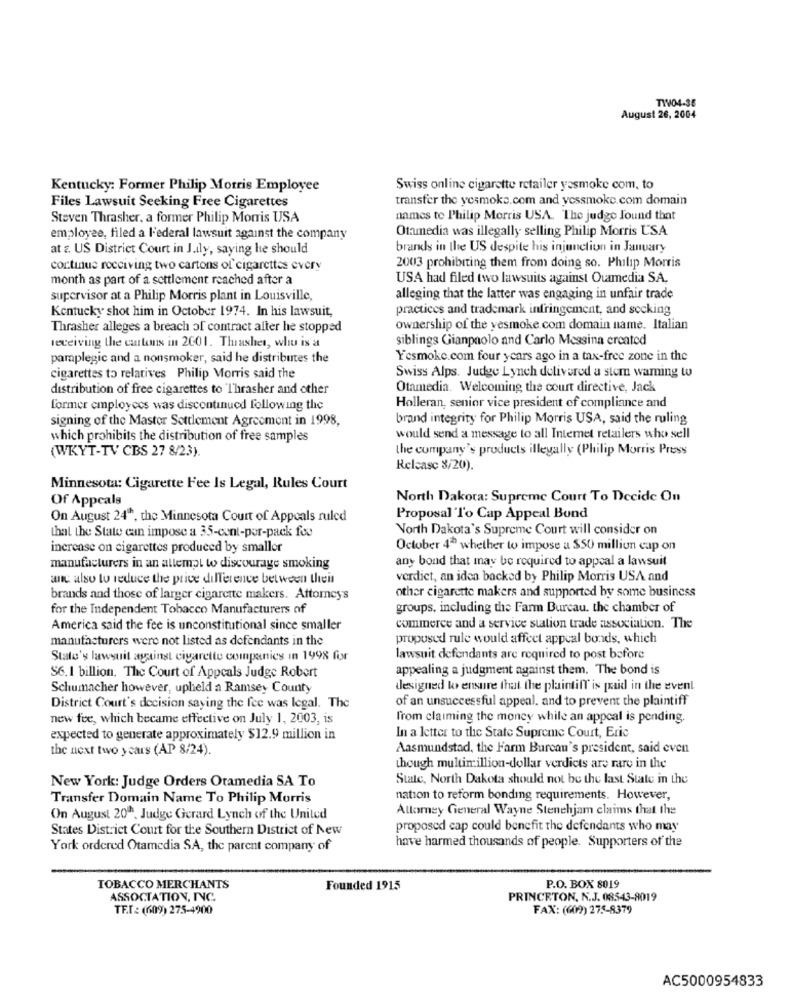
TIV04-36
August 26, 2004
Kentucky: Former Philip Morris Employee
Swiss online cigarette retailer yesmoke com, to
transfer the yesmoke.com and yessmoke. com domain
Files Lawsuit Seeking Free Cigarettes
Steven Thrasher, a former Philip Morris USA
names to Philip Morris USA. The judge found that
Otamedia was illegally selling Philip Morris USA
employee, filed a Federal lawsuit against the company
at &. US District Court in J.ily, saying he should
brands in the US despite his injunction in January
continue rocciving two cartons of cigarettes every
2003 prohibiting them from doing so. Philip Morris
month as part of a settlement reached after a
USA had filed two lawsuits against Ouamedia SA.
supervisor at a Philip Morris plant in Louisville,
alleging that the latter was engaging in unfair trade
Kentucky shot him in October 1974. In his lawsuit,
practices and trademark infringement, and secking
Thrasher alleges a breach of contract alter he stopped
ownership of the yesmoke com domain name. Italian
siblings Gianpaolo and Carlo Messina created
receiving the cartoms in 2001. Thrashes, who is a
paraplegic and a nonsmoker, said he distributes the
Yesmoke.com four years ago in a tax-free zone in the
cigarettes to relatives Philip Morris said the
Swiss Alps. Judge Lynch delivered a stem waming to
distribution of free cigarettes to "Thrasher and other
Otamedia. Welcoming the court directive, Jack
former employees was discontinued Following the
Holleran, senior vice president of compliance and
signing of the Master Settlement Agreement in 1998,
brand integrity for Philip Morris USA, said the ruling
which prohibits the distribution of free samples
would send a message to all Internet retailers who sell
the company's products illegally (Philip Morris Press
(WKYT-TV CBS 27 8/23).
Release 8/20).
Minnesota: Cigarette Fee Is Legal, Rules Court
Of Appeals
North Dakota: Supreme Court To Decide On
On August 24", the Minnesota Court of Appeals ruled
Proposal To Cap Appeal Bond
that the State can impose a 35-cent-por-pack foo
North Dakota's Supreme Court will consider on
increase on cigarettes produced by smaller
October 4ª whether to impose a $50 million cap on
any bond that may be required to appeal a lawsuit
manufacturers in an attempt to discourage smoking
and also to reduce the price dilTerence between thei
verdict, an idea backed by Philip Morris USA and
other cigarette makers and supported by some business
brands and those of larger cigarette makers. Attorney's
for the Independent Tobacco Manufacturers of
groups, including the Farm Bureau. the chamber of
America said the fee is unconstitutional since smaller
commerce and a service station trade association. The
manufacturers were not listed as defendants in the
propused rule would affect appeal bonds, which
State's lawsuit against cigarette companies in 1998 for
lawsuit defendants are required to post before
S6. 1 billion. The Court of Appeals Judge Robert
appealing a judgment against them. The bond is
Schumacher however, upheld a Ramsey County
designed to ensure that the plaintiff is paid in the event
of an unsuccessful appeal. and to prevent the plaintiff
District Court's decision saying the fee was legal. The
new fee, which became effective on July 1, 2003, is
from claiming the money while an appeal is pending.
expected to generate approximately $12.9 million in
In a letter to the State Supreme Court, Eric
the next two years (AP 8/24).
Aasmundstad, the Farm Bureau's president, said even
though multimillion-dollar verdicts are rare in the
State, North Dakota should not be the last State in the
New York: Judge Orders Otamedia SA To
Transfer Domain Name To Philip Morris
nation to reform bonding requirements. However,
Allomey General Wayne Stenchjam claims that the
On August 20", Judge Gerard Lynch of the United
States District Court for the Southern District of New
proposed cap could benefit the defendants who may
York ordered Otamedia SA, the parent company of
have harmed thousands of people. Supporters of the
TOBACCO MERCHANTS
Founded 1915
P.O. BOX 8019
ASSOCIATION, INC.
PRINCETON, N.J. 08543-8019
TE.T .: (609) 275-4900
FAX: (609) 275-8379
AC5000954833